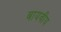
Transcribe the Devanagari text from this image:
बायवीय